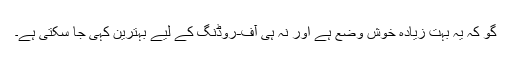
گو کہ یہ بہت زیادہ خوش وضع ہے اور نہ ہی آف-روڈنگ کے لیے بہترین کہی جا سکتی ہے۔